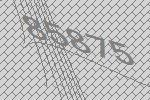
85875